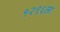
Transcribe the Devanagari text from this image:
१२९६ला